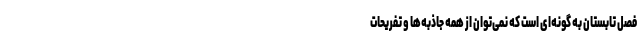
فصل تابستان به گونه‌ای است که نمی‌توان از همه جاذبه‌ها و تفریحات